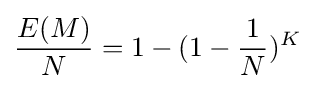
{\frac {E(M)}{N}}=1-(1-{\frac {1}{N}})^{K}